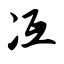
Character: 冱